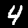
Label: 4